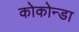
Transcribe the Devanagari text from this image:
कोकोन्डा